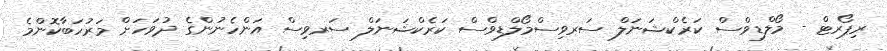
ރިޕޯރޓް - މޯލްޑިވްސް ކަރެކްޝަނަލް ސަރވިސްމޯލްޑިވްސް ކަރެކްޝަނަލް ސަރވިސް އަންހެނުންގެ ދުވަހަށް މަރުހަބާކޮންމެ